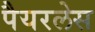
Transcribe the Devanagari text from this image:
पैयरलेस